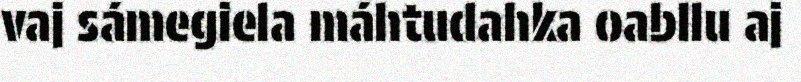
vaj sámegiela máhtudahka oabllu aj